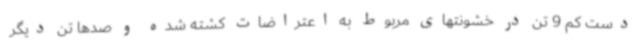
دست کم 9 تن در خشونتهای مربوط به اعتراضات کشته شده و صدها تن دیگر